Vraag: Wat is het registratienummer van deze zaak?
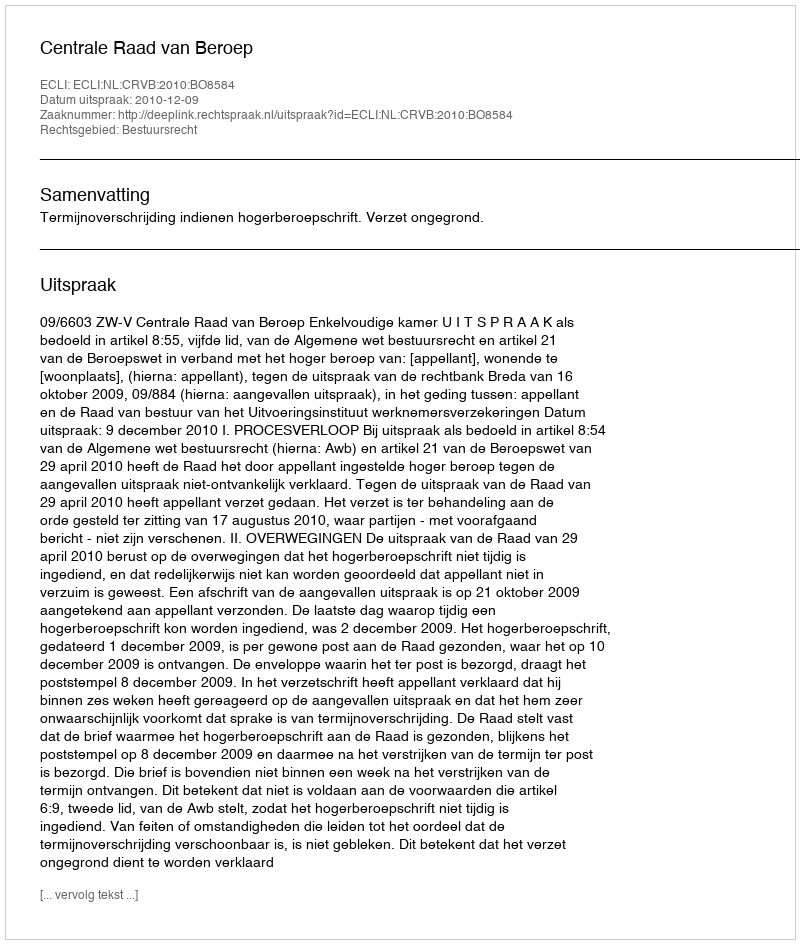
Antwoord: http://deeplink.rechtspraak.nl/uitspraak?id=ECLI:NL:CRVB:2010:BO8584